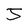
Character: J